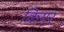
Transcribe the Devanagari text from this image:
कियर